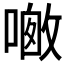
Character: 𪢀